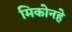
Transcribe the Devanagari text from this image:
मिकोनहे